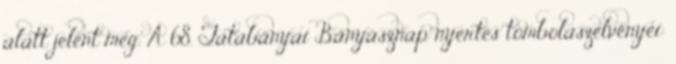
alatt jelent meg. A 68. Tatabányai Bányásznap nyertes tombolaszelvényei: